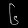
Digit: ၆